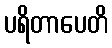
ပရိတာပေတိ